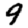
Digit: 9